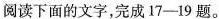
阅读下面的文字，完成17-19题。